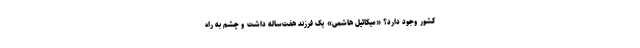
کشور وجود دارد؟ «میکائیل هاشمی» یک فرزند هفت‌ساله داشت و چشم به راه